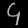
Digit: ၄